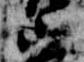
山